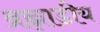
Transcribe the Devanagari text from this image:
ब्रह्माडीय